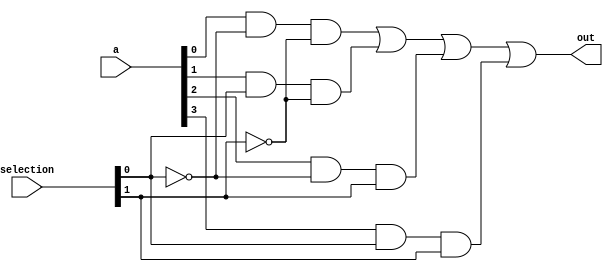
module MUX(out,a,selection);
   input [3:0] a;input [1:0] selection;output out;
   wire s0, s1, xx0, xx1, xx2, xx3;
   not n1(s1, selection[1]);
   not n2(s0, selection[0]);
   and a1(xx0, a[0], s0, s1);
   and a2(xx1, a[1], selection[0], s1);
   and a3(xx2, a[2], s0, selection[1]);
   and a4(xx3, a[3], selection[0], selection[1]);
   or o1(out, xx0, xx1, xx2, xx3);
endmodule